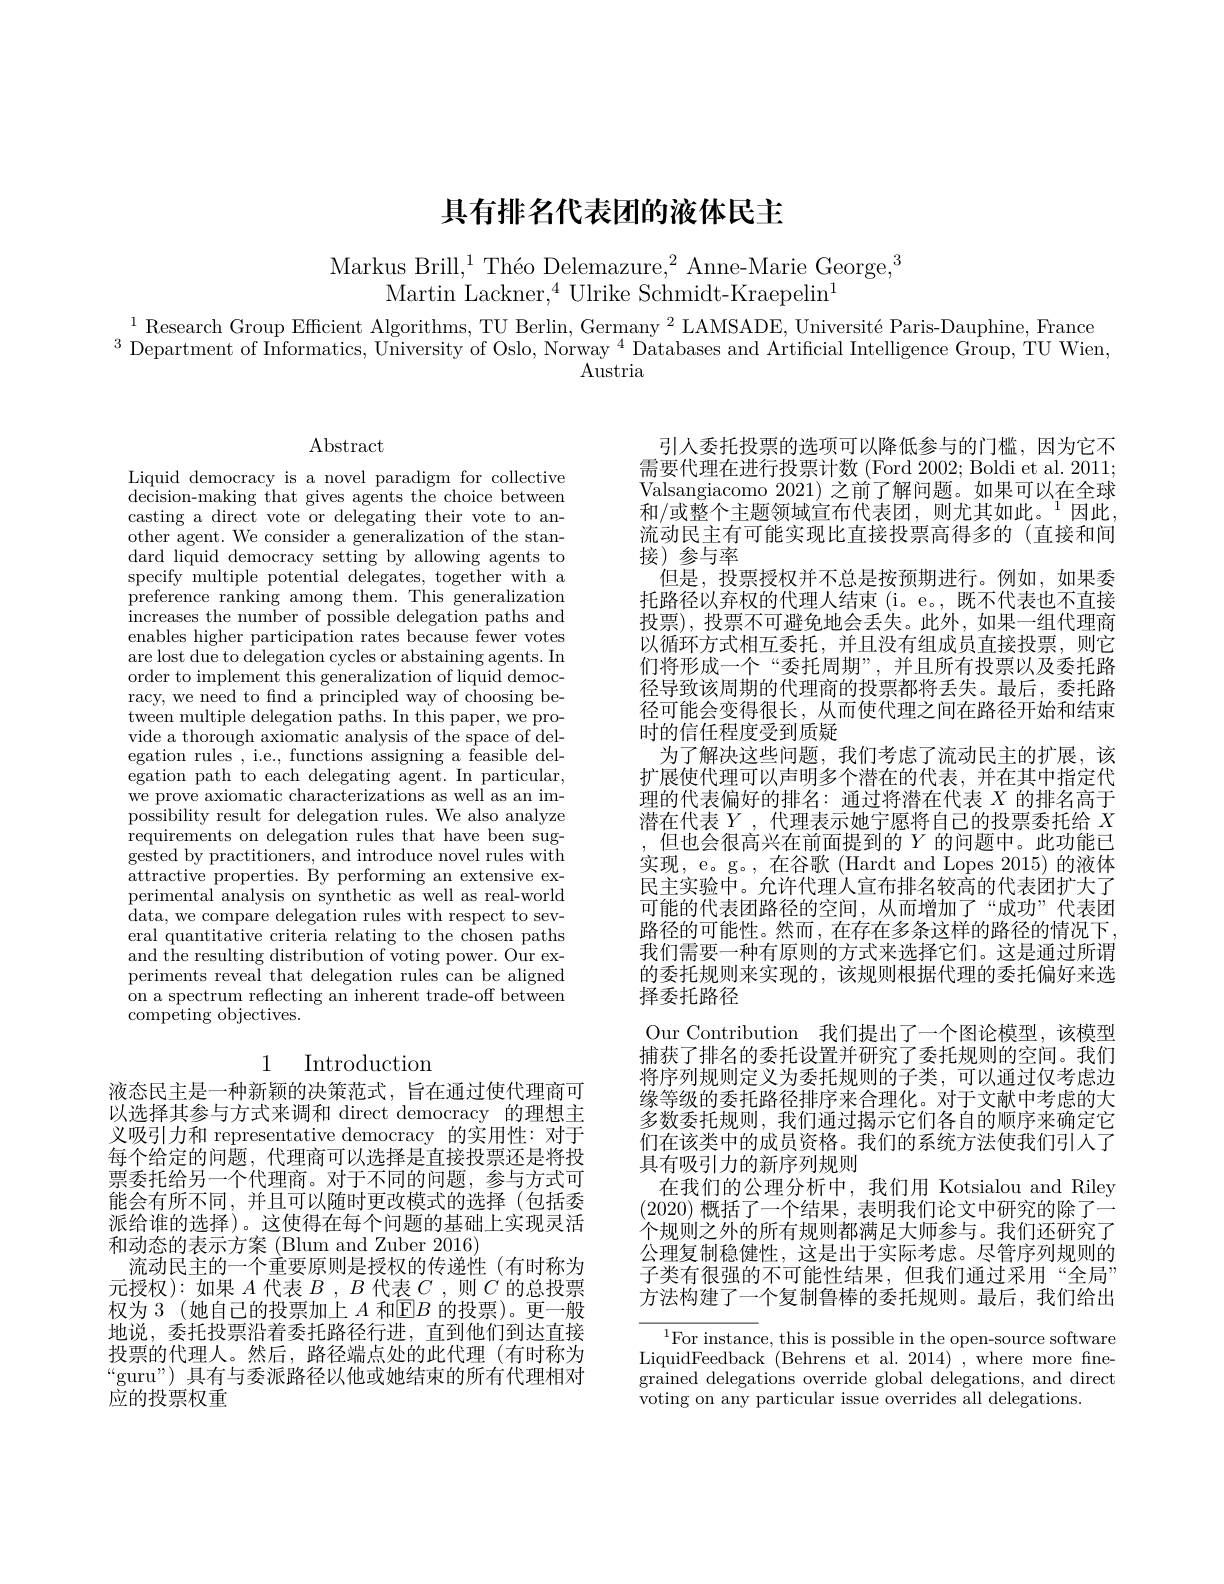
# 具有排名代表团的液体民主

Markus Brill,$^1\text{Th\'{e}oDelemazure,}^2$Anne-Marie George,$^3$
$\mathrm{Martin~Lackner,}^{4}$Ulrike Schmidt-Kraepelin$^1$

$^{1}$ Research Group Efficient Algorithms, TU Berlin, Germany $^2$ LAMSADE, Université Paris-Dauphine, France $^{3}$ Department of Informatics, University of Oslo, Norway$^{4}$ Databases and Artificial Intelligence Group, TU Wien,
$\operatorname{Austria}$

$\operatorname{Abstract}$

流动民主有可能实现比直接投票高得多的 (直接和间
## 接)参与率

Liquid democracy is a novel paradigm for collective $\hat{\text{decision-making that gives agents the choice between}}$ casting a direct vote or delegating their vote to another agent. We consider a generalization of the standard liquid democracy setting by allowing agents to specify multiple potential delegates, together with a preference ranking among them. This generalization increases the number of possible delegation paths and enables higher participation rates because fewer votes are lost due to delegation cycles or abstaining agents. In order to implement this generalization of liquid democracy, we need to find a principled way of choosing between multiple delegation paths. In this paper, we provide a thorough axiomatic analysis of the space of delegation rules , i.e., functions assigning a feasible delegation path to each delegating agent. In particular, we prove axiomatic characterizations as well as an impossibility result for delegation rules. We also analyze requirements on delegation rules that have been suggested by practitioners, and introduce novel rules with attractive properties. By performing an extensive experimental analysis on synthetic as well as real-world data, we compare delegation rules with respect to several quantitative criteria relating to the chosen paths and the resulting distribution of voting power. Our experiments reveal that delegation rules can be aligned on a spectrum reflecting an inherent trade-off between competing objectives.

引人委托投票的选项可以降低参与的门槛，因为它不需要代理在进行投票计数 (Ford 2002; Boldi et al. 2011; Valsangiacomo 2021) 之前了解问题。如果可以在全球$\tilde{\text{和}/\text{或整个主题领域宣布代表团，则尤其如此。}}^1$因此，
但是，投票授权并不总是按预期进行。例如，如果委托路径以弃权的代理人结束(i。e。, 既不代表也不直接投票), 投票不可避免地会丢失。此外，如果一组代理商以循环方式相互委托，并且没有组成员直接投票，则它们将形成一个“委托周期”,并且所有投票以及委托路径导致该周期的代理商的投票都将丢失。最后，委托路径可能会变得很长，从而使代理之间在路径开始和结束时的信任程度受到质疑
为了解决这些问题，我们考虑了流动民主的扩展，该扩展使代理可以声明多个潜在的代表，并在其中指定代理的代表偏好的排名：通过将潜在代表$X$的排名高于潜在代表$Y$,代理表示她宁愿将自己的投票委托给 $X$
但也会很高兴在前面提到的$Y$的问题中。此功能已实现，e。g。, 在谷歌 (Hardt and Lopes 2015) 的液体民主实验中。允许代理人宣布排名较高的代表团扩大了可能的代表团路径的空间，从而增加了“成功”代表团路径的可能性。然而，在存在多条这样的路径的情况下， 我们需要一种有原则的方式来选择它们。这是通过所谓的委托规则来实现的，该规则根据代理的委托偏好来选择委托路径
Our Contribution 我们提出了一个图论模型，该模型捕获了排名的委托设置并研究了委托规则的空间。我们将序列规则定义为委托规则的子类，可以通过仅考虑边缘等级的委托路径排序来合理化。对于文献中考虑的大多数委托规则，我们通过揭示它们各自的顺序来确定它们在该类中的成员资格。我们的系统方法使我们引入了具有吸引力的新序列规则
在我们的公理分析中，我们用 Kotsialou and Riley (2020)概括了一个结果，表明我们论文中研究的除了一个规则之外的所有规则都满足大师参与。我们还研究了公理复制稳健性，这是出于实际考虑。尽管序列规则的子类有很强的不可能性结果，但我们通过采用“全局” 方法构建了一个复制鲁棒的委托规则。最后，我们给出
$^1$For instance, this is possible in the open-source software LiquidFeedback $(\tilde{\text{Behrens et al. 2014)}}$,where more fne-

# 1 Introduction

液态民主是一种新颖的决策范式，旨在通过使代理商可以选择其参与方式来调和 direct democracy 的理想主义吸引力和 representative democracy 的实用性：对于每个给定的问题，代理商可以选择是直接投票还是将投票委托给另一个代理商。对于不同的问题，参与方式可能会有所不同，并且可以随时更改模式的选择(包括委派给谁的选择)。这使得在每个问题的基础上实现灵活和动态的表示方案 (Blum and Zuber 2016)
流动民主的一个重要原则是授权的传递性(有时称为元授权):如果$A$代表$B,B$代表$C$,则$C$的总投票权为 3(她自己的投票加上$A$和$\mathbb{E}B$的投票)。更一般地说，委托投票沿着委托路径行进，直到他们到达直接投票的代理人。然后，路径端点处的此代理(有时称为“ guru” ) 具有与委派路径以他或她结束的所有代理相对应的投票权重

grained delegations override global delegations, and direct
voting on any particular issue overrides all delegations.